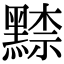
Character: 𪑨